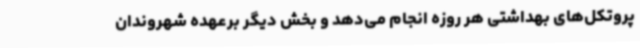
پروتکل‌های بهداشتی هر روزه انجام می‌دهد و بخش دیگر برعهده شهروندان